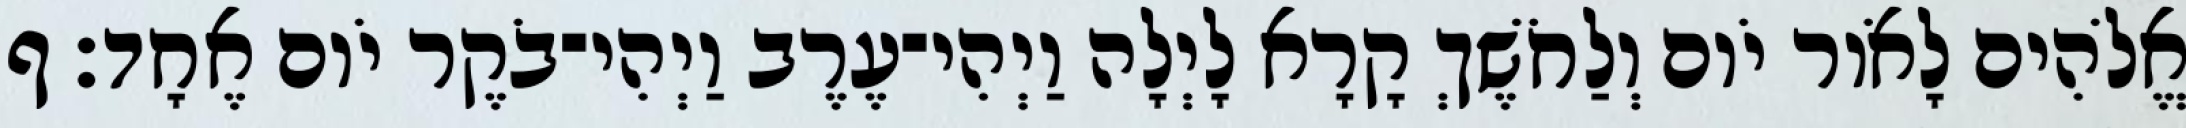
אֱלֹהִים לָאֹור יֹום וְלַחֹשֶׁךְ קָרָא לָיְלָה וַיְהִי־עֶרֶב וַיְהִי־בֹקֶר יֹום אֶחָד׃ ף